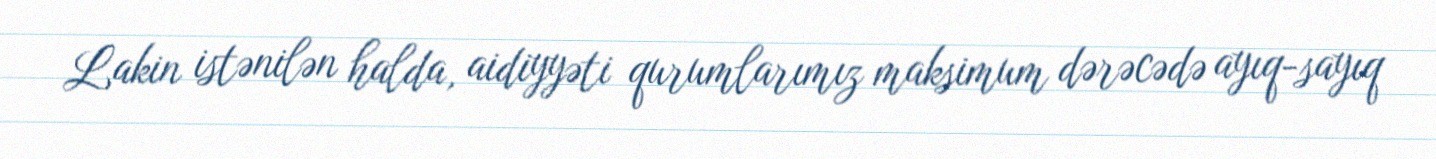
Lakin istənilən halda, aidiyyəti qurumlarımız maksimum dərəcədə ayıq-sayıq